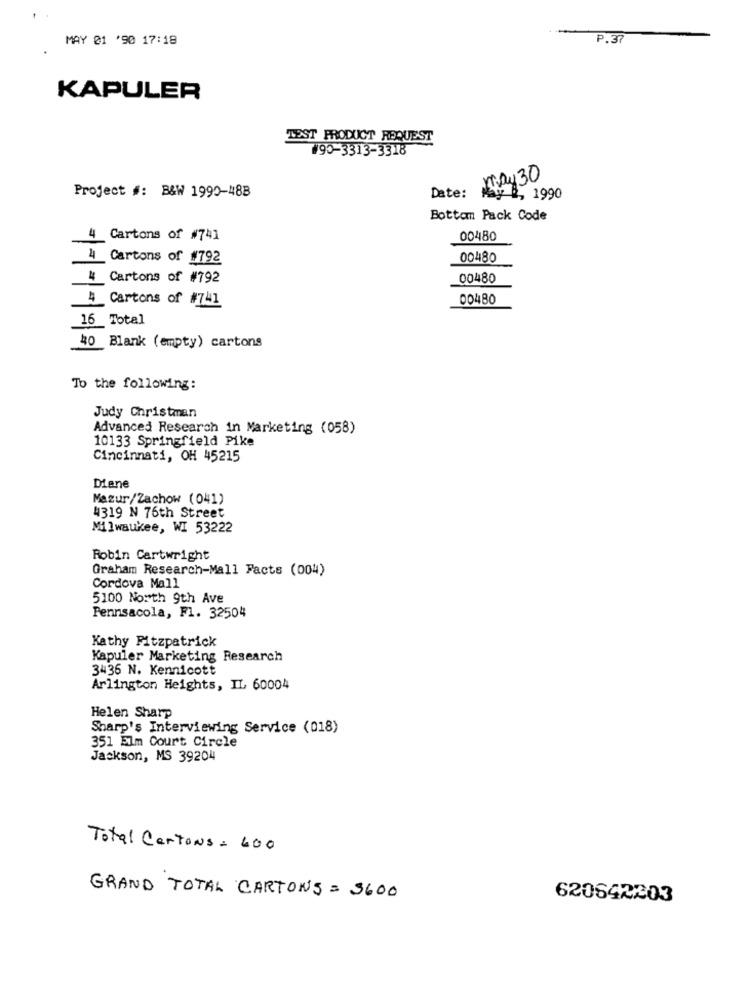
MAY 01 '90 17:18
P.37
KAPULER
TEST PRODUCT REQUEST
#90-3313-3318
may 30
Project #: B&W 1990-488
Date:
May B, 1990
Bottomn Pack Code
4 Cartons of #741
00480
4 Cartons of #792
00480
4 Cartons of #792
00480
4 Cartons of #741
00480
16_Total
40 Blank (empty) cartons
To the following:
Judy Christman
Advanced Research in Marketing (058)
10133 Springfield Pike
Cincinnati, OH 45215
Diane
Mazur/Zachow (041)
4319 N 76th Street
Milwaukee, WI 53222
Robin Cartwright
Graham Research-Mall Facts (004)
Cordova Mall
5100 North 9th Ave
Pennsacola, F1. 32504
Kathy Fitzpatrick
Kapuler Marketing Research
3436 N. Kennicott
Arlington Heights, IL 60004
Helen Sharp
Sharp's Interviewing Service (018)
351 Elm Court Circle
Jackson, MS 39204
Total CertoNs = 400
GRAND TOTAL CARTONS = 3600
620642203